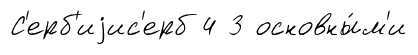
С'ерб'иjис'ерб 4 3 основны́м'и